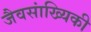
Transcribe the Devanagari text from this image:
जैवसांख्यिकी